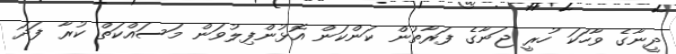
ދީނާގެ ވާހަކަ ހުރީ ޖަނާގެ ފަރާތުން ކަންކަން އޮޅުންފިލުވަން މަސައްކަތް ކުރާ ފަދަ